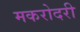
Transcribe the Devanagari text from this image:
मकरोदरी